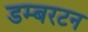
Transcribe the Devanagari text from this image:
डम्बरटन